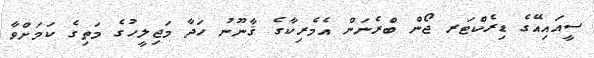
ސީއައިއޭގެ ޑިރެކްޓަރ ޖޯން ބްރެނަން އެމެރިކާގެ ޤާނޫނު ހަދާ މަޖިލީހުގެ މަތިގެ ކަމަށްވާ